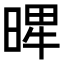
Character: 𣈾